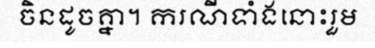
ចិនដូចគ្នា។ ករណីទាំងនោះរួម